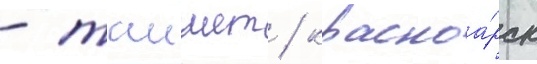
- таишет / красноа́рск